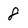
Character: 8